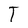
Character: T